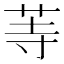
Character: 䓁